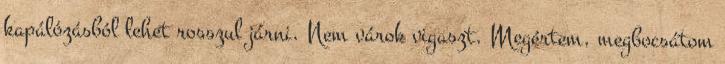
kapálózásból lehet rosszul járni. Nem várok vigaszt. Megértem, megbocsátom